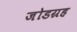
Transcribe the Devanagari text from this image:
जोडग्रह